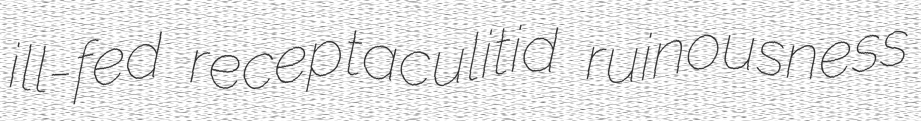
ill-fed receptaculitid ruinousness